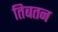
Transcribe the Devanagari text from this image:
तिबतन